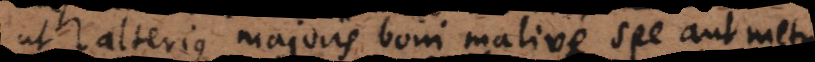
ut alterius majoris boni malive spe aut metu